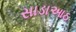
સાડાઆઠ